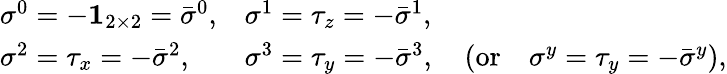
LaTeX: \begin{array}{ll}{{\sigma^{0}=-{\mathbf 1}_{2\times 2}={\bar{\sigma}}^{0},}}&{{\sigma^{1}=\tau_{z}=-{\bar{\sigma}}^{1},}}\\ {{\sigma^{2}=\tau_{x}=-{\bar{\sigma}}^{2},}}&{{\sigma^{3}=\tau_{y}=-{\bar{\sigma}}^{3},\quad(\mathrm{or}\quad\sigma^{y}=\tau_{y}=-{\bar{\sigma}}^{y}),}}\end{array}